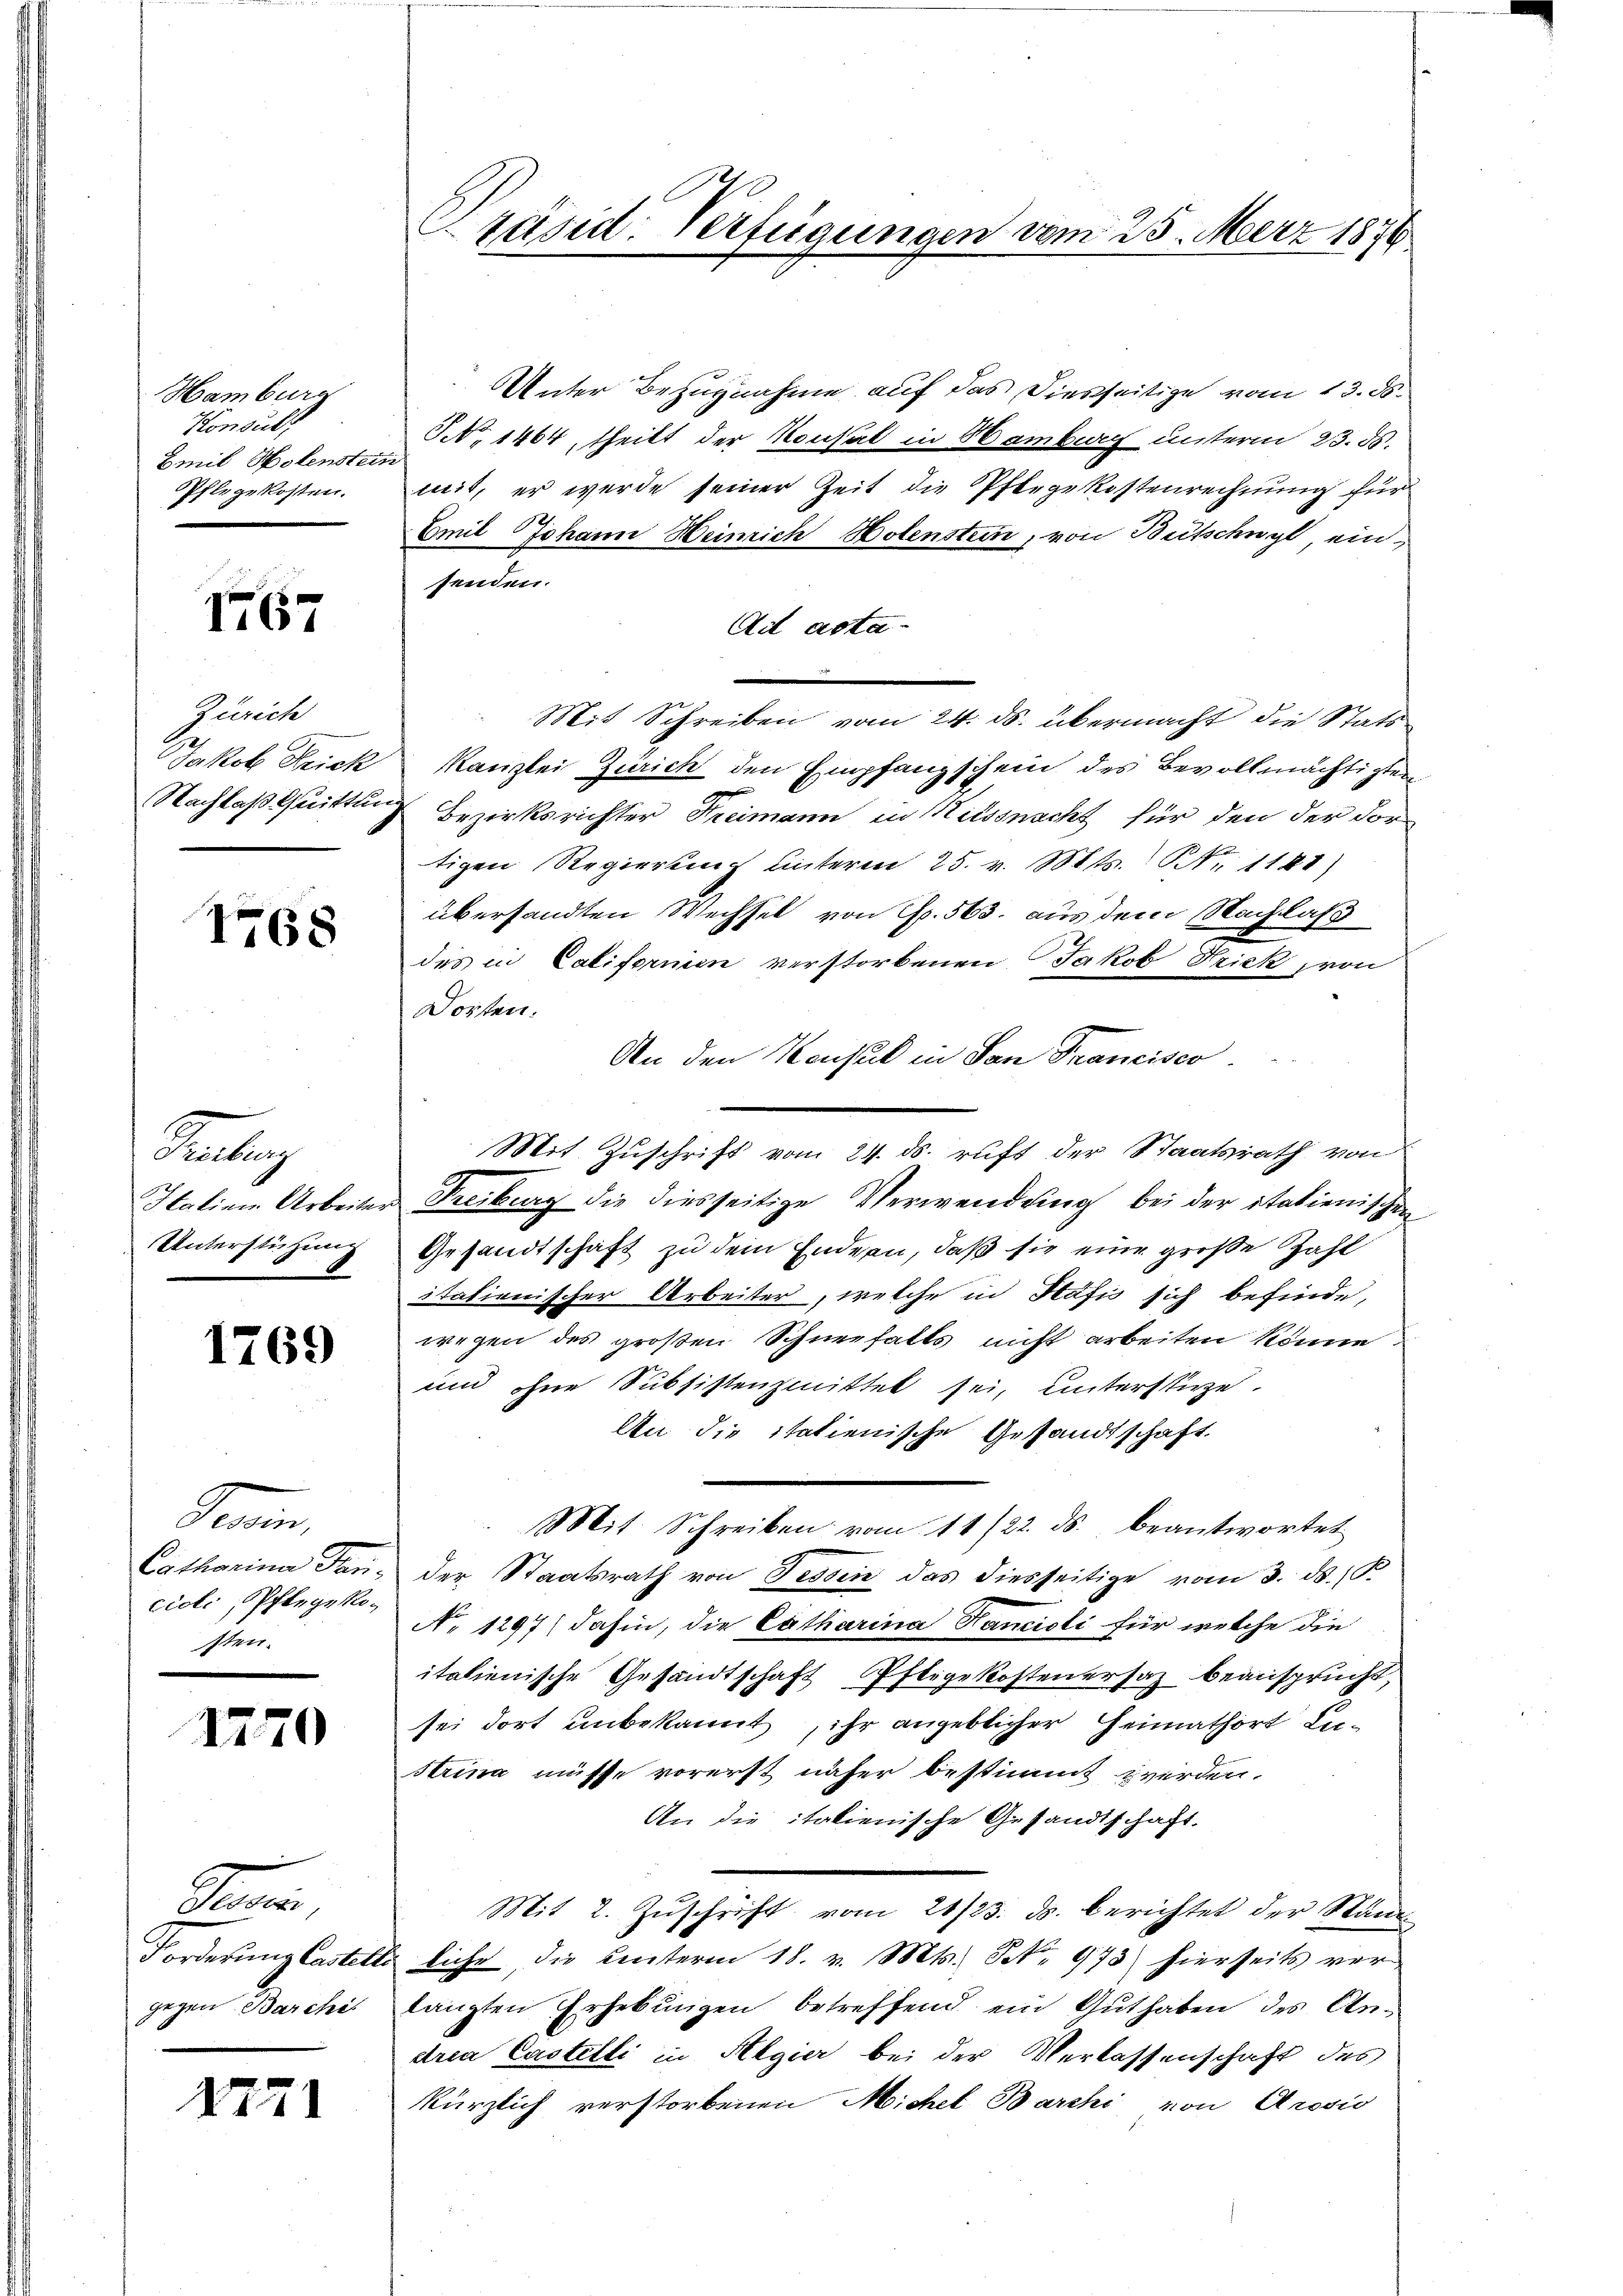
Hamburg
Konsult
Emil Holenstein
Pflegekosten.

7767

Zürich

1768

R
Unterstüzung

1769

Train,
cicli, Pflegekosten.

1270

B
gegen Barchi

1771

Unter Bezugnahme auf das Diesseitige vom 13. ds.
NNo. 1464 theilt der Konsat in Hamburg unterm 23. ds.
mit, er werde seiner Zeit die Pflegekostenrechnung für
Emil Johann Heinrich Holenstein, von Bütschwyl, ein,
senden.
Ad asta¬
—
Mit Schreiben vom 24. ds. übermacht die Stats
Jakob Frick Kanzlei Zürich den Empfangschein des Bevollmächtigten
Nachlaß huittung Bezirksrichter Kreimann in Kitssnacht für den der dor
tigen Regierung unterm 25. v. Mts. Nr. 1141)
übersandten Wechsel von S. 563. aus dem Nachlaß
des in Califormien verstorbenen Jakob Frick von
Dorten.
An den Konsul in San Francisco
Mit Zuschrift vom 24. ds. ruft der Staatsrath von
Italien Arbeiter Freiburg die diesseitige Verwendung bei der italienischen
Gesandtschaft zu dem Endern, daß sie eine große Zahl
italienischer Arbeiter, welche in Pafis sich befinde,
wegen des großen Schneefalls nicht arbeiten könne
und ohne Subsistenzmittel sei, unterstüze.
An die itatienische Gesandtschaft.
Mit Schreiben vom 11/22. ds. beantwortet
Catharina Tan; der Staatsrath von Tessin das diesseitige vom 3. ds. (T.
No 1297) dahin, die Catharina Hancioli für welche die
italienische Gesandtschaft Pflegekostenersaz beansprucht,
sei dort unbekannt, ihr angeblicher Heimathört Lustrina müsse vorerst näher bestimmt werden.
An die italienische Gesandtschaft.
Mit 2. Zuschrift vom 21/23. ds. berichtet der Ständ
Forderung Castetti liche, die Leuterm 18. v. Mts. S. 973) hierseits ver-
langten Erhebungen betreffend ein Guthaben des Andria Castelli in Algier bei der Verlassenschaft des
kürzlich verstorbenen Michel Barchi von Grosis

Präsid. Verfügungen vom 25. März 1876